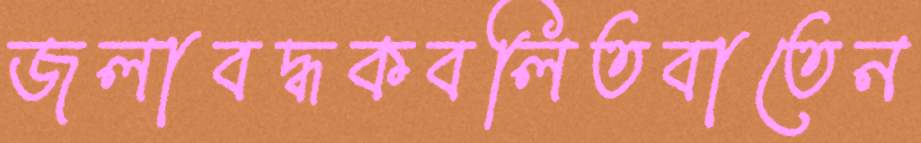
জলাবদ্ধকবলিতবাতেন